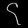
Digit: ၄